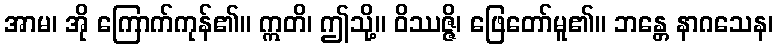
အာမ၊ အို ကြောက်ကုန်၏။ ဣတိ၊ ဤသို့။ ဝိဿဇ္ဇိ၊ ဖြေတော်မူ၏။ ဘန္တေ နာဂသေန၊